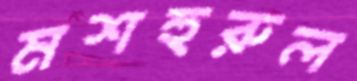
মশহুরুল